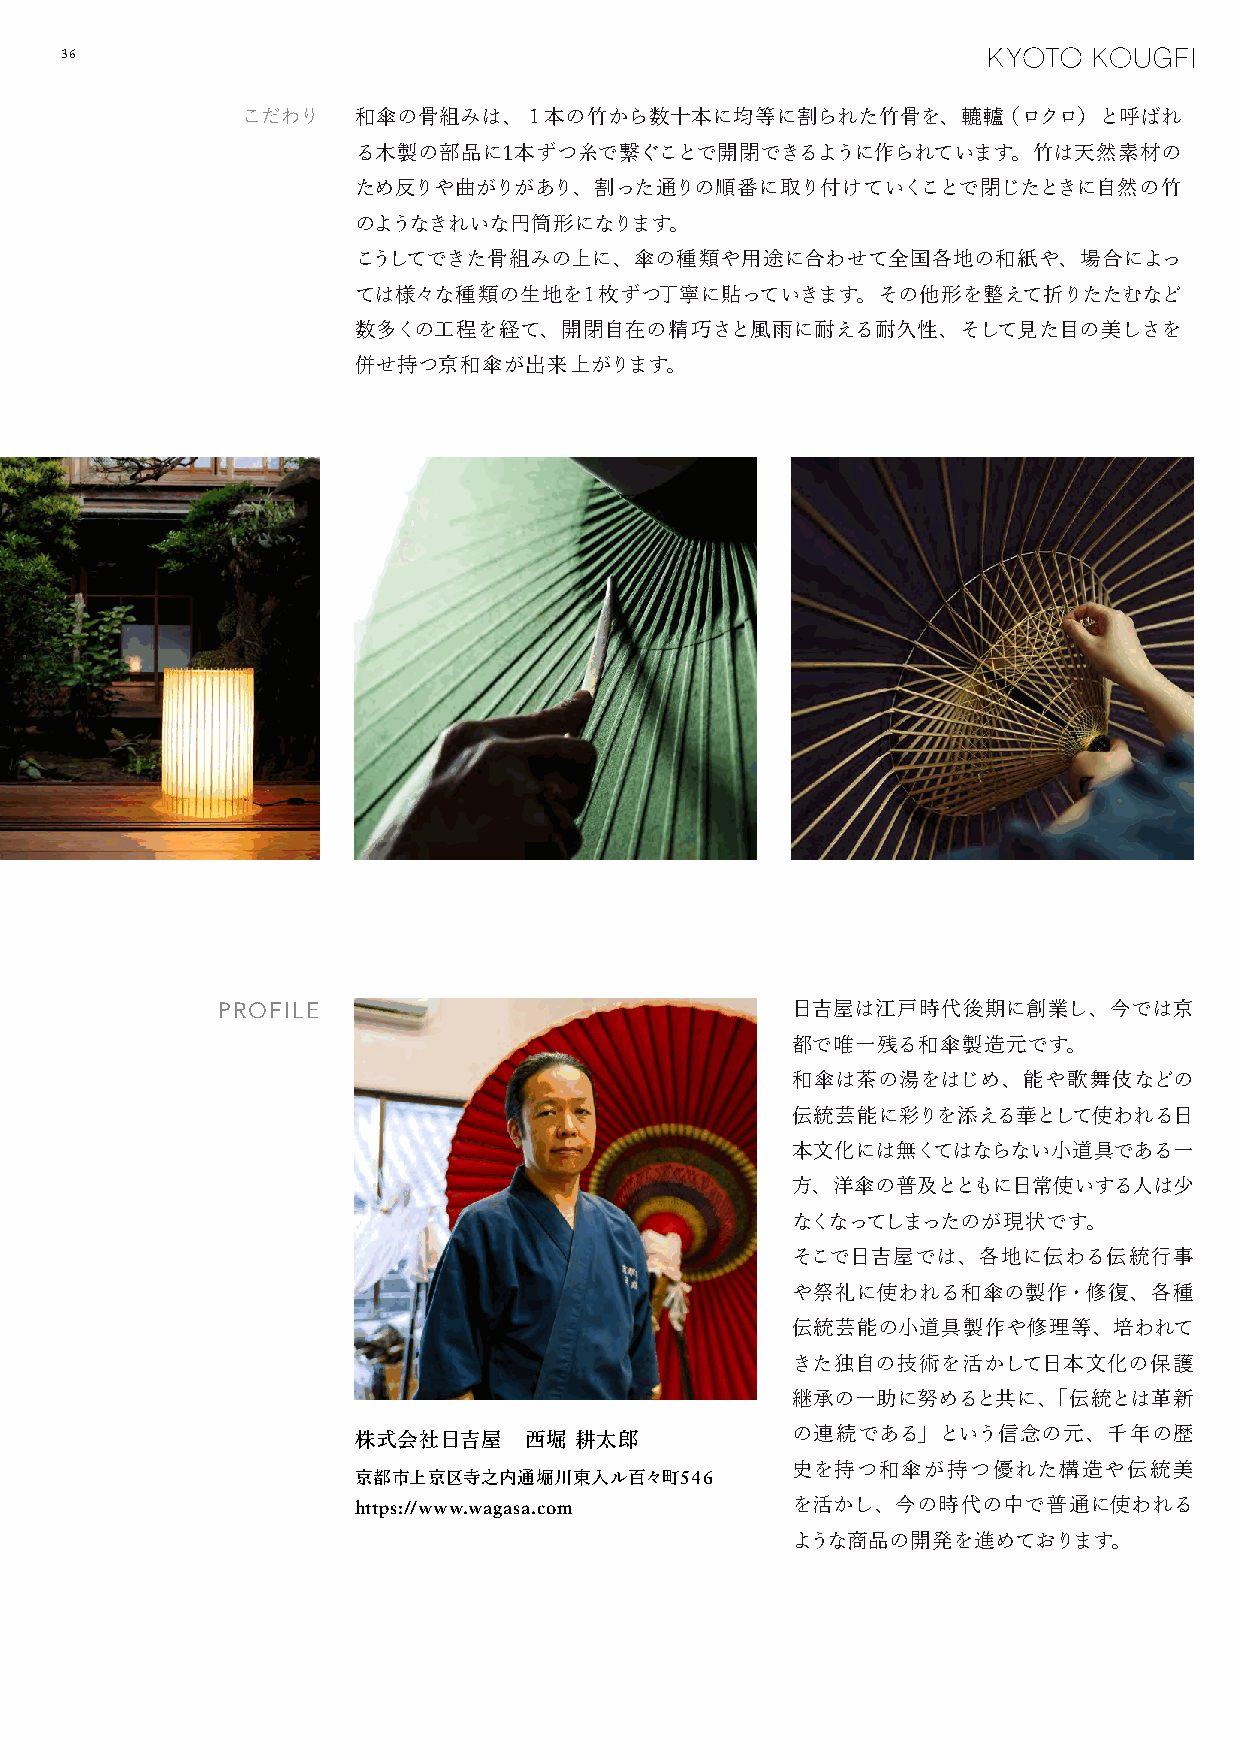
36
 こだわり   和傘の骨組みは、１本の竹から数十本に均等に割られた竹骨を、轆轤（ロクロ）と呼ばれ
 る木製の部品に1本ずつ糸で繋ぐことで開閉できるように作られています。竹は天然素材の
 ため反りや曲がりがあり、割った通りの順番に取り付けていくことで閉じたときに自然の竹
 のようなきれいな円筒形になります。
 こうしてできた骨組みの上に、傘の種類や用途に合わせて全国各地の和紙や、場合によっ
 ては様々な種類の生地を１枚ずつ丁寧に貼っていきます。その他形を整えて折りたたむなど
 数多くの工程を経て、開閉自在の精巧さと風雨に耐える耐久性、そして見た目の美しさを
 併せ持つ京和傘が出来上がります。
 PROFILE                               日吉屋は江戸時代後期に創業し、今では京
 都で唯一残る和傘製造元です。
 和傘は茶の湯をはじめ、能や歌舞伎などの
 伝統芸能に彩りを添える華として使われる日
 本文化には無くてはならない小道具である一
 方、洋傘の普及とともに日常使いする人は少
 なくなってしまったのが現状です。
 そこで日吉屋では、各地に伝わる伝統行事
 や祭礼に使われる和傘の製作・修復、各種
 伝統芸能の小道具製作や修理等、培われて
 きた独自の技術を活かして日本文化の保護
 継承の一助に努めると共に、「伝統とは革新
 株式会社日吉屋     西堀 耕太郎
 の連続である」という信念の元、千年の歴
 史を持つ和傘が持つ優れた構造や伝統美
 京都市上京区寺之内通堀川東入ル百々町546
 https://www.wagasa.com       を活かし、今の時代の中で普通に使われる
 ような商品の開発を進めております。